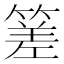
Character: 𥰭